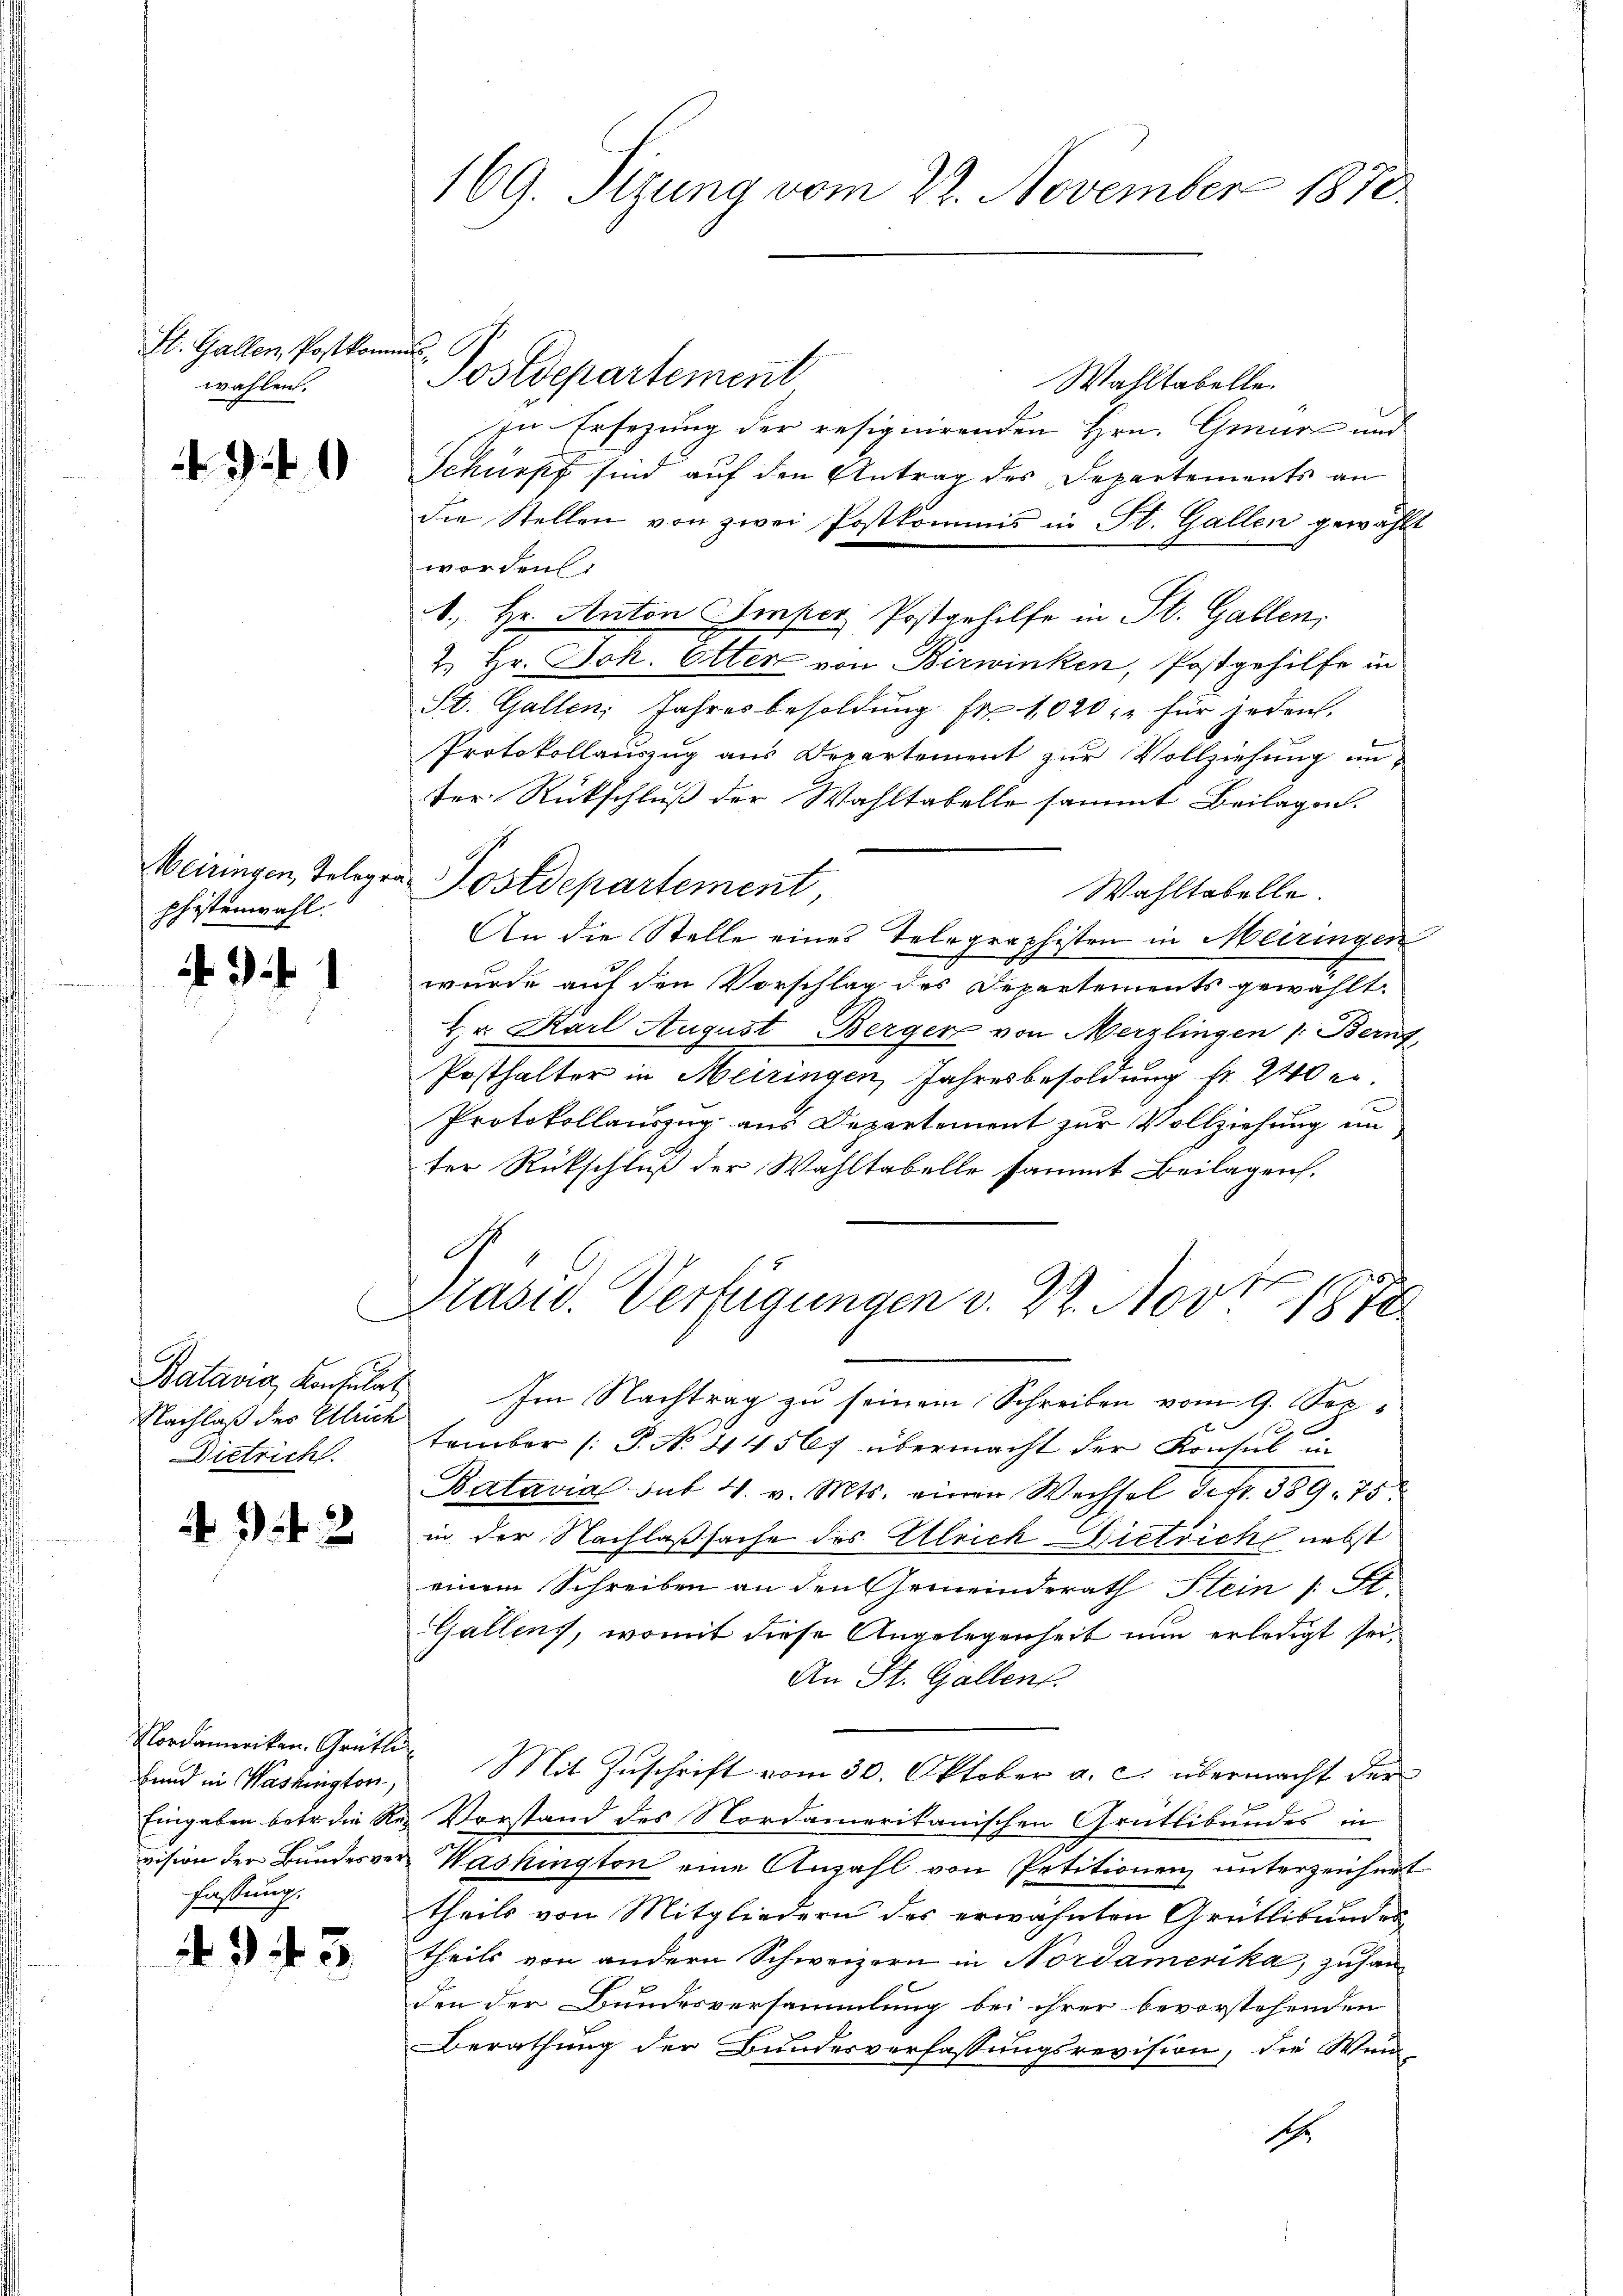
St. Gallen, Postkommes,
wählen.

t

Meiringen, Telege
shistenwahl.

Batavia, Konsulat
Nachlaß des Ulrich
Dietrich

4 f 3

Fand in Washington,
fassung.

343

169. Sizung vom 22. November 1870

Postdepartement
Wahltabelle.
In Ersezung der resignirenden Hrn. Gmür und
Schürpf sind auf den Antrag des Departements an
die Stellen von zwei Postkommis in St. Gallen gewählt
worden.
., Hr. Anton Imper Postgehilfe in St. Gallen,
2. Hr. Joh. Ötter von Birwinken, Postgehilfe in
St. Gallen Jahresbesoldŭng fr. 1020 " " für jeden.
Protokollauszug aus Departement zur Vollziehung unter Rückschluß der Wahltabelle sammt Beilagen.
Sostdepartement,
Wahltabelle.
An die Stelle eines Telegraphisten in Meiringen
wurde auf den Vorschlag des Departements gewählt.
Hr. Karl August Berger von Merzlingen 1. Beruf,
Posthalter in Meiringen, Jahresbesoldung fr. 240 e
Protokollauszug aus Departement zur Vollziehung un
ter Rückschluß der Wahltabelle sammt Beilagen.
1
Plast. Verfügungen v. 29. Nov. 187
Im Nachtrag zu seinem Schreiben vom 9. Sep¬
1
tember (: P. No. 44567 übermacht der Konsul in
Batavia Sut 4. v. Mts. einen Wechsel defr. 389. 75
in der Nachlaßsache des Ulrich Dietrich nebst
einem Schreiben an den Gemeinderath Stein /: St.
Gallens, womit diese Angelegenheit nun erledigt sei,
An St. Gallent.
Nordameriken. Gratte Mit Zŭschrift vom 30. Oktober a. c. übermacht der
Eingaben betr. die Res Vorstand des Nordamerikanischen Grütlibundes in
vision der Bundesver- Washington eine Anzahl von Petitionen unterzeichnet
theils von Mitgliedern des erwähnten Grütlibander
theils von andern Schweizern in Nordamerika, zusamden der Bundesversammlung bei ihrer bevorstehenden
Berathung der Bundesverfassungsrevision, die Wund
sch.